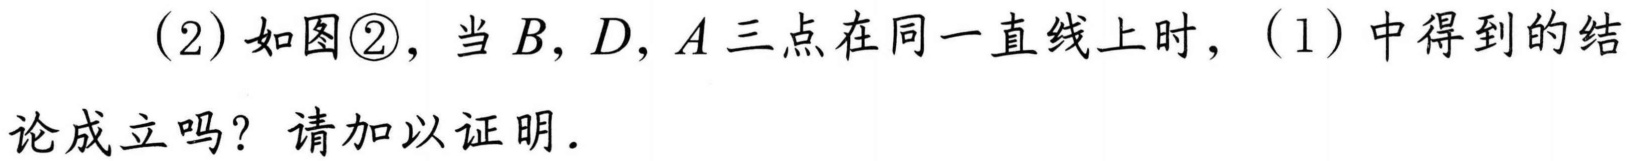
(2)如图\textcircled{2}，当\(B,D,A\)三点在同一直线上时，(1)中得到的结论成立吗？请加以证明.